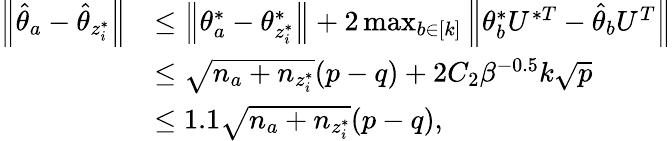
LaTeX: \begin{array}{rl}{\left\| {\hat{\theta}_{a}-\hat{\theta}_{z_{i}^{*}}}\right\| }&{\leq\left\| {\theta_{a}^{*}-\theta_{z_{i}^{*}}^{*}}\right\| +2\operatorname*{max}_{b\in[k]}\left\| {\theta_{b}^{*}U^{*T}-\hat{\theta}_{b}U^{T}}\right\| }\\ &{\leq\sqrt{n_{a}+n_{z_{i}^{*}}}(p-q)+2C_{2}\beta^{-0.5}k\sqrt{p}}\\ &{\leq 1.1\sqrt{n_{a}+n_{z_{i}^{*}}}(p-q),}\end{array}